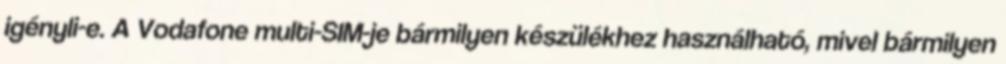
igényli-e. A Vodafone multi-SIM-je bármilyen készülékhez használható, mivel bármilyen